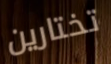
تختارين